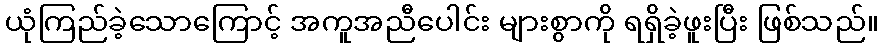
ယုံကြည်ခဲ့သောကြောင့် အကူအညီပေါင်း များစွာကို ရရှိခဲ့ဖူးပြီး ဖြစ်သည်။